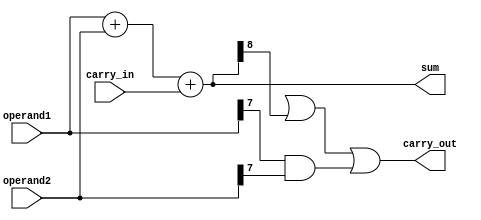
module carry_detect_adder (
  input [7:0] operand1,
  input [7:0] operand2,
  input carry_in,
  output [8:0] sum,
  output carry_out
);

  wire [8:0] inner_sum;
  wire [8:0] carry_propagate;
  
  assign inner_sum = operand1 + operand2 + carry_in;
  
  assign sum = inner_sum[8:0];
  
  assign carry_out = inner_sum[9] | inner_sum[8] | (operand1[7] & operand2[7]);
  
endmodule